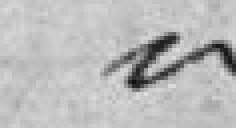
idem